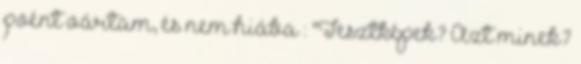
poént vártam, és nem hiába : "Tesztképek? Azt minek?